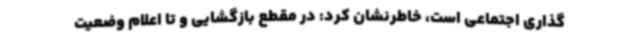
گذاری اجتماعی است، خاطرنشان کرد: در مقطع بازگشایی و تا اعلام وضعیت